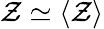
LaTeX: \mathcal{Z}\simeq\langle\mathcal{Z}\rangle